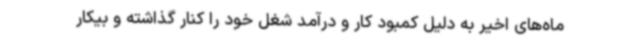
ماه‌های اخیر به دلیل کمبود کار و درآمد شغل خود را کنار گذاشته و بیکار